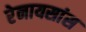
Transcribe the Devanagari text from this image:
रेनायसांस